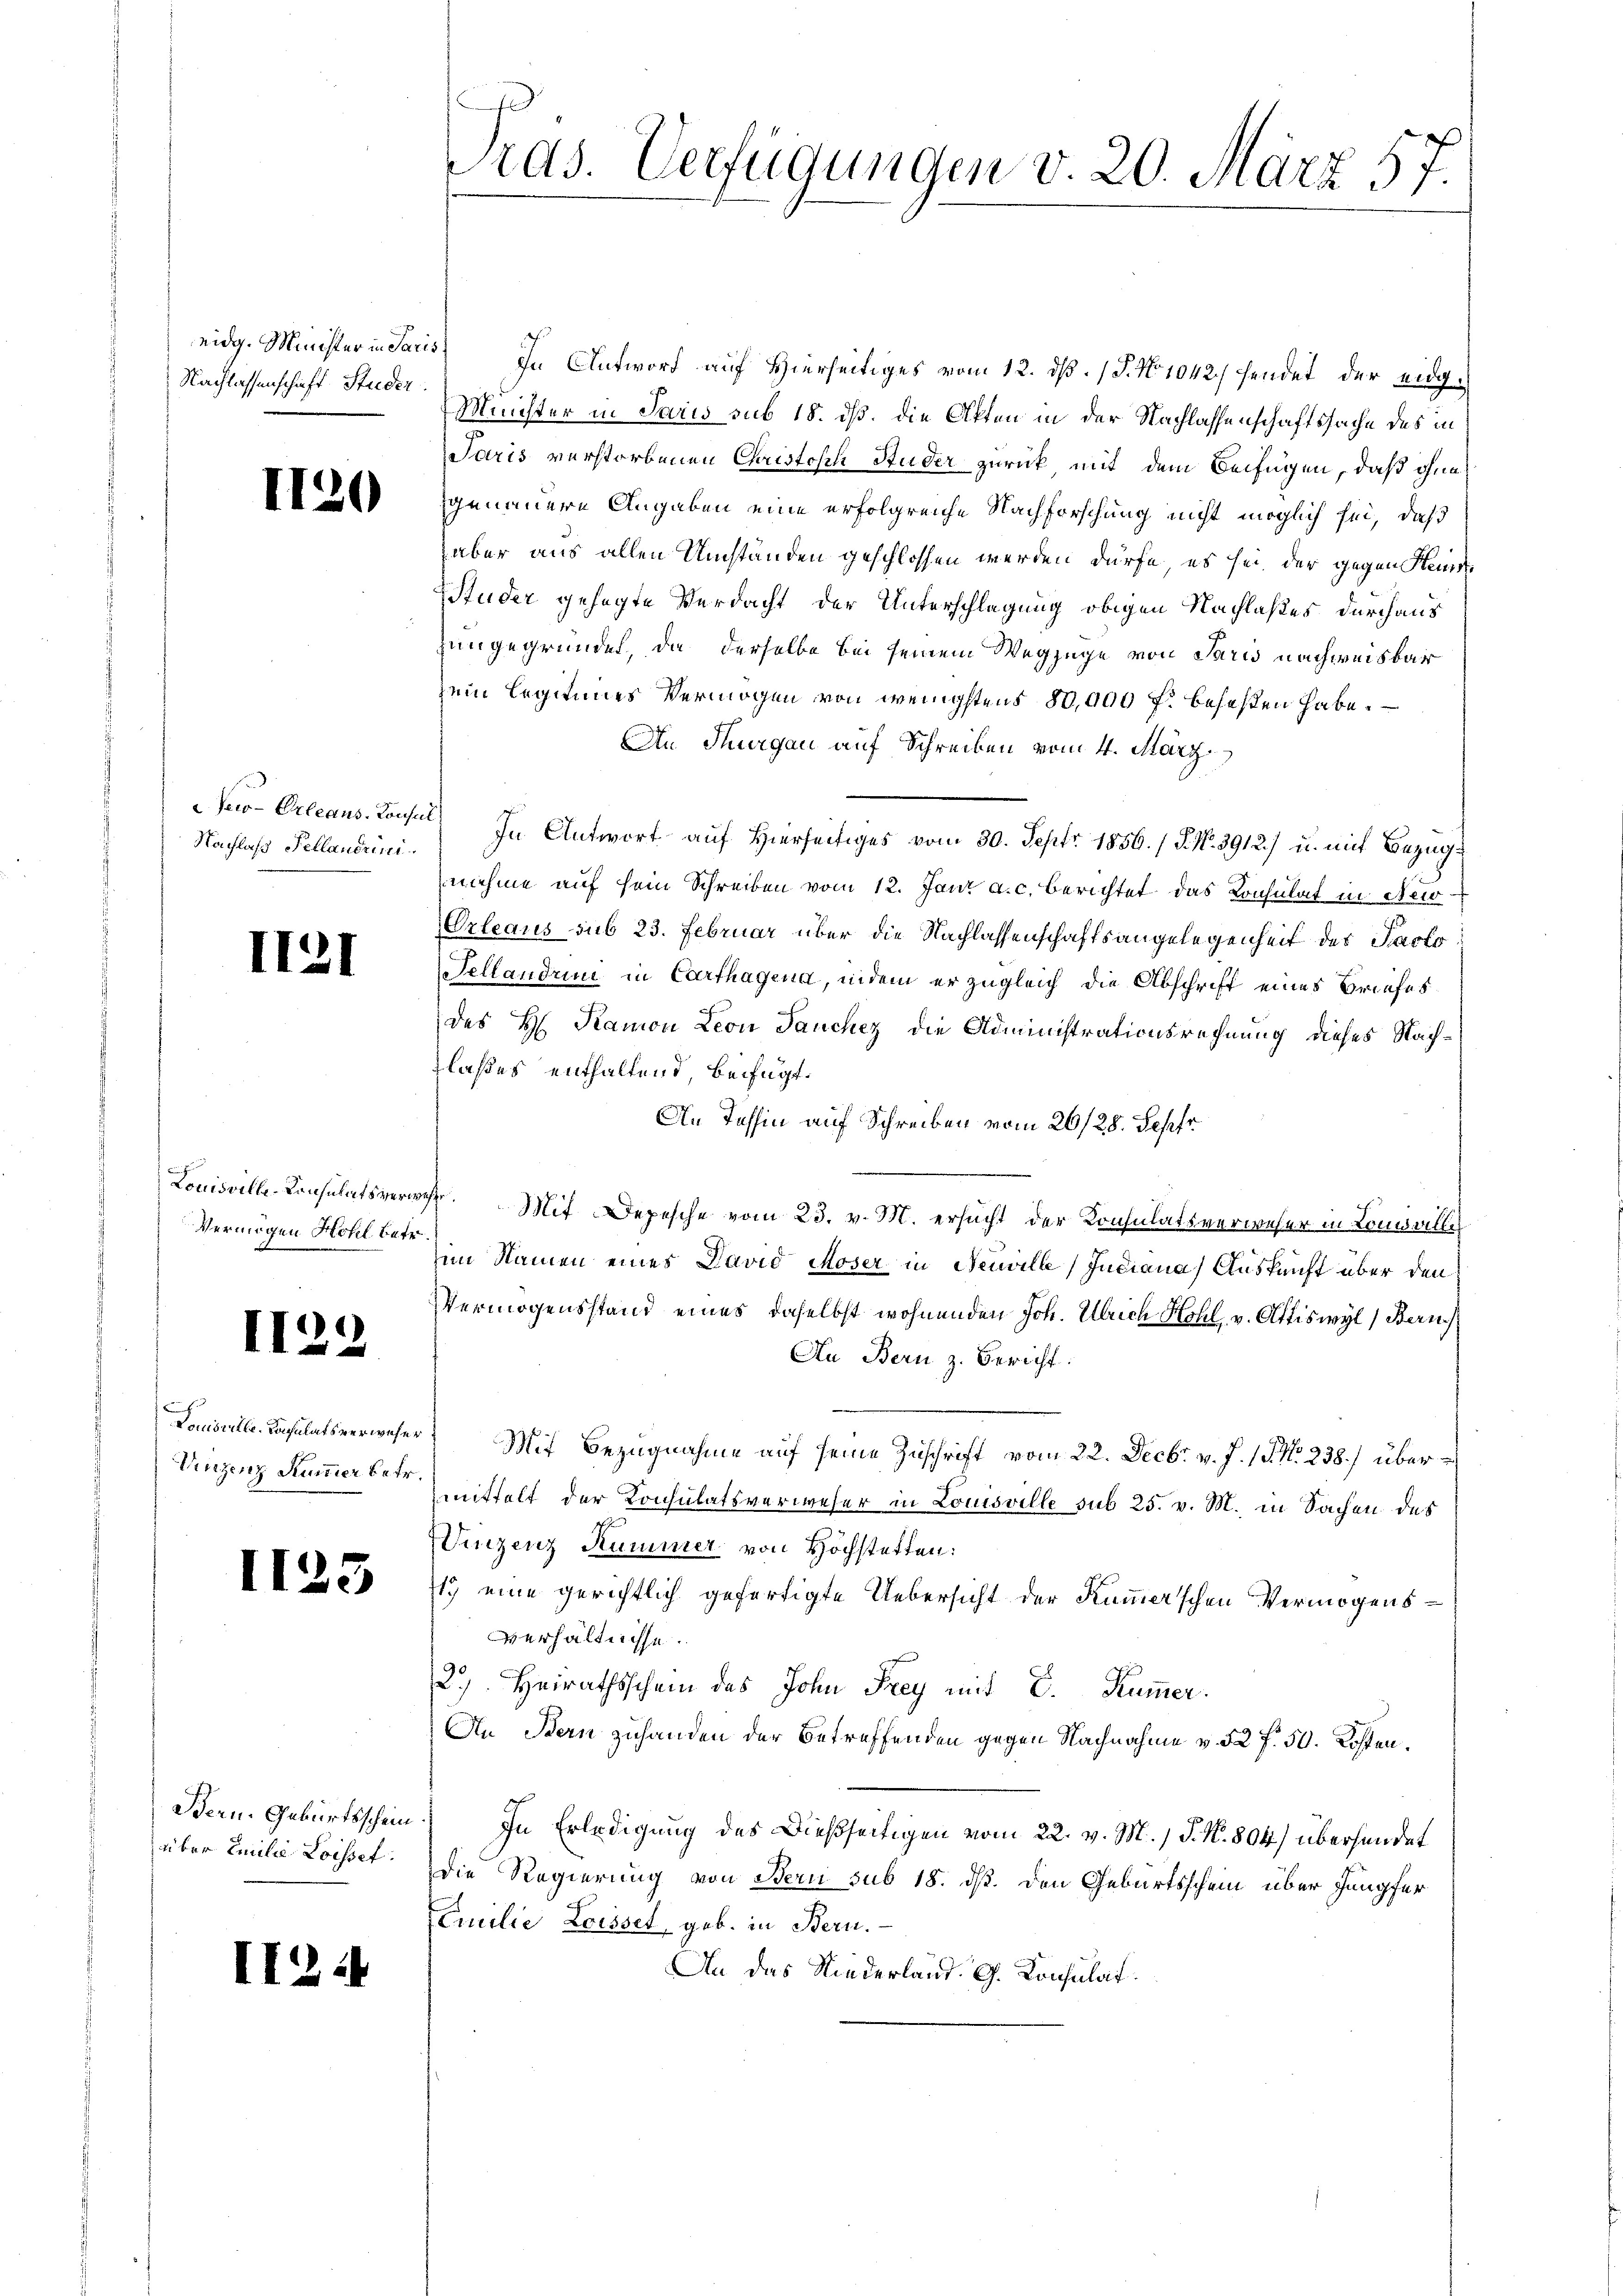
Nachlassenschaft Studer

Jeo-Orleans-Consu
Nachlaß Pellandrin.

II2

I.

Louisville-Consulats verw
Vermögen Hotel betr

Louisritte. Konsulats verweser
Vinzenz Kummer betr.

1125

II2

Wern. Geburtsschein.
über Emilie Loisset.

Pras. Verfügungen v. 20. März 57

eidg. Minister in Paris. In Antwort auf Hierseitiges vom 12. dß. 1 S. No 1042/ sendet, der eidg¬
Minister in Paris sub 15. dß. die Affen in der Nachlassenschaftssache des in
Jaris verstorbenen Christosen Studer zurück mit dem Beifügen, daß ohne
genauere Angaben eine erfolgreiche Nachforschung nicht möglich sei, daß
aber aus allen Umständen geschlossen werden dürfe, es sei der gegen Steine
Studer gehegte Verdacht der Unterschlagung obigen Nachlaßes durchaus
zungegründet, da derselbe bei seinem Wegzuge von Paris nachweisbar
zein Legitimes Vermögen von wenigstens 80,000 f: beseßen habe.
An Thurgau auf Schreiben vom 4. März
In Antwort auf Hierseitiges vom 30. Sept. 1856. / 5. No. 3912) u. mit Bezugnehme auf sein Schreiben vom 12. Jani a. c. berichtet das Konsulat in New-
Orleaus sub 23. Februar über die Nachlassenschaftsangelegenheit des Pacto
Fellandrini in Carthagena, indem er zugleich die Abschrift eines Briefes
des H. Ramon Leon Jauchez die Administrationsrechnung dieses Nachlaßes enthaltend, beifügt.
An Tessin auf Schreiben vom 26/28. Septr
F. Mit Depesche vom 23. v. M. ersucht der Konsulatsverweser in Louisville
him Namen eines David Moser in Neuville Judiana) Auskunft über den
Vermögensstand eines daselbst wohnenden Joh. Ulrich Hohl, v. Attiswyl, Bern
An Bern z. Bericht:
Mit Bezugnahme auf seine Zuschrift vom 22. Decbr. v. J. 17 No 238.) übermittelt der Konsulatsverweser in Louisville sub 25. v. M. in Sachen des

Vinzenz Kummer von Höchstetten:
17 eine gerichtlich gefertigte Uebersicht der Kümmerschen Vermögensverhältnisse.
2) Heirathsschein des John Frey mit E. Kummer.
An Stern zuhanden der Betreffenden gegen Nachnahme v. 52 f. 50. Kosten.
In Erledigung des Dießseitigen vom 22. v. M., P. Nr. 804) überhandet
Die Regierung von Bern sub 18. dß. den Geburtsschein über Jungfer
Familie Loisset, geb. in Bern.
An das Niederland. G. Konsulat